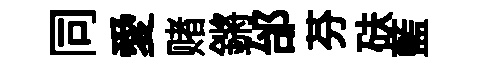
同愛赌鏘邰芬砆藍